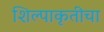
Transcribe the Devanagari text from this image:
शिल्पाकृतीचा